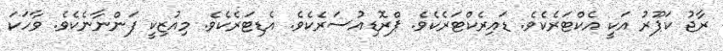
ރާޖު ކަޕޫރު އަކީ އެކްޓަރެކެވެ. ޑައިރެކްޓަރެކެވެ. ޕްރޮޑިއުސަރެކެވެ. އެޑިޓަރެކެވެ. މިއުޒިކީ ފަންނާނެކެވެ. ވާހަކަ